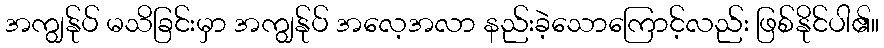
အကျွန်ုပ် မသိခြင်းမှာ အကျွန်ုပ် အလေ့အလာ နည်းခဲ့သောကြောင့်လည်း ဖြစ်နိုင်ပါ၏။